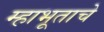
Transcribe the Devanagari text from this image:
म्हाभूताचे